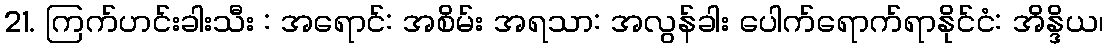
21. ကြက်ဟင်းခါးသီး : အရောင်: အစိမ်း အရသာ: အလွန်ခါး ပေါက်ရောက်ရာနိုင်ငံ: အိန္ဒိယ၊